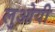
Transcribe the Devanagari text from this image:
लुओयी